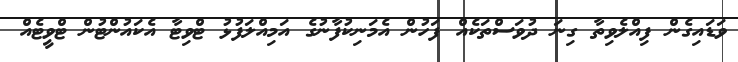
ވަޑައިގެން ފިއްލެވިތާ ގިނަ ދުވަސްތަކެއް ފަހުން އެމަނިކުފާނުގެ އަމިއްލަފުޅު ޓްވިޓާ އެކައުންޓުން ޓްވީޓެއް